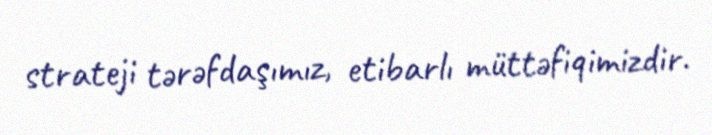
strateji tərəfdaşımız, etibarlı müttəfiqimizdir.